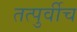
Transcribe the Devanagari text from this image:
तत्पुर्वीच